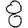
Digit: 8